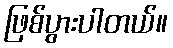
ဖြစ်ပွားပါတယ်။